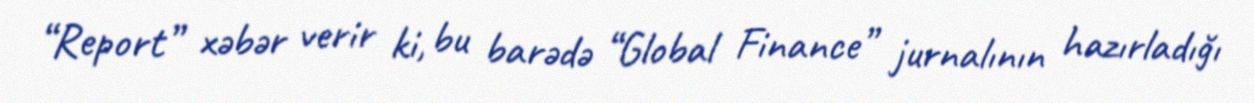
“Report” xəbər verir ki, bu barədə “Global Finance” jurnalının hazırladığı